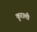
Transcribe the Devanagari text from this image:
कुराली